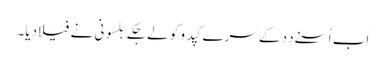
اَب اُسنے دِدِ کے سرے کپدو کو لے جکے بلسونی نے فیلا دِیا۔